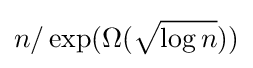
n/\exp(\Omega ({\sqrt {\log n}}))